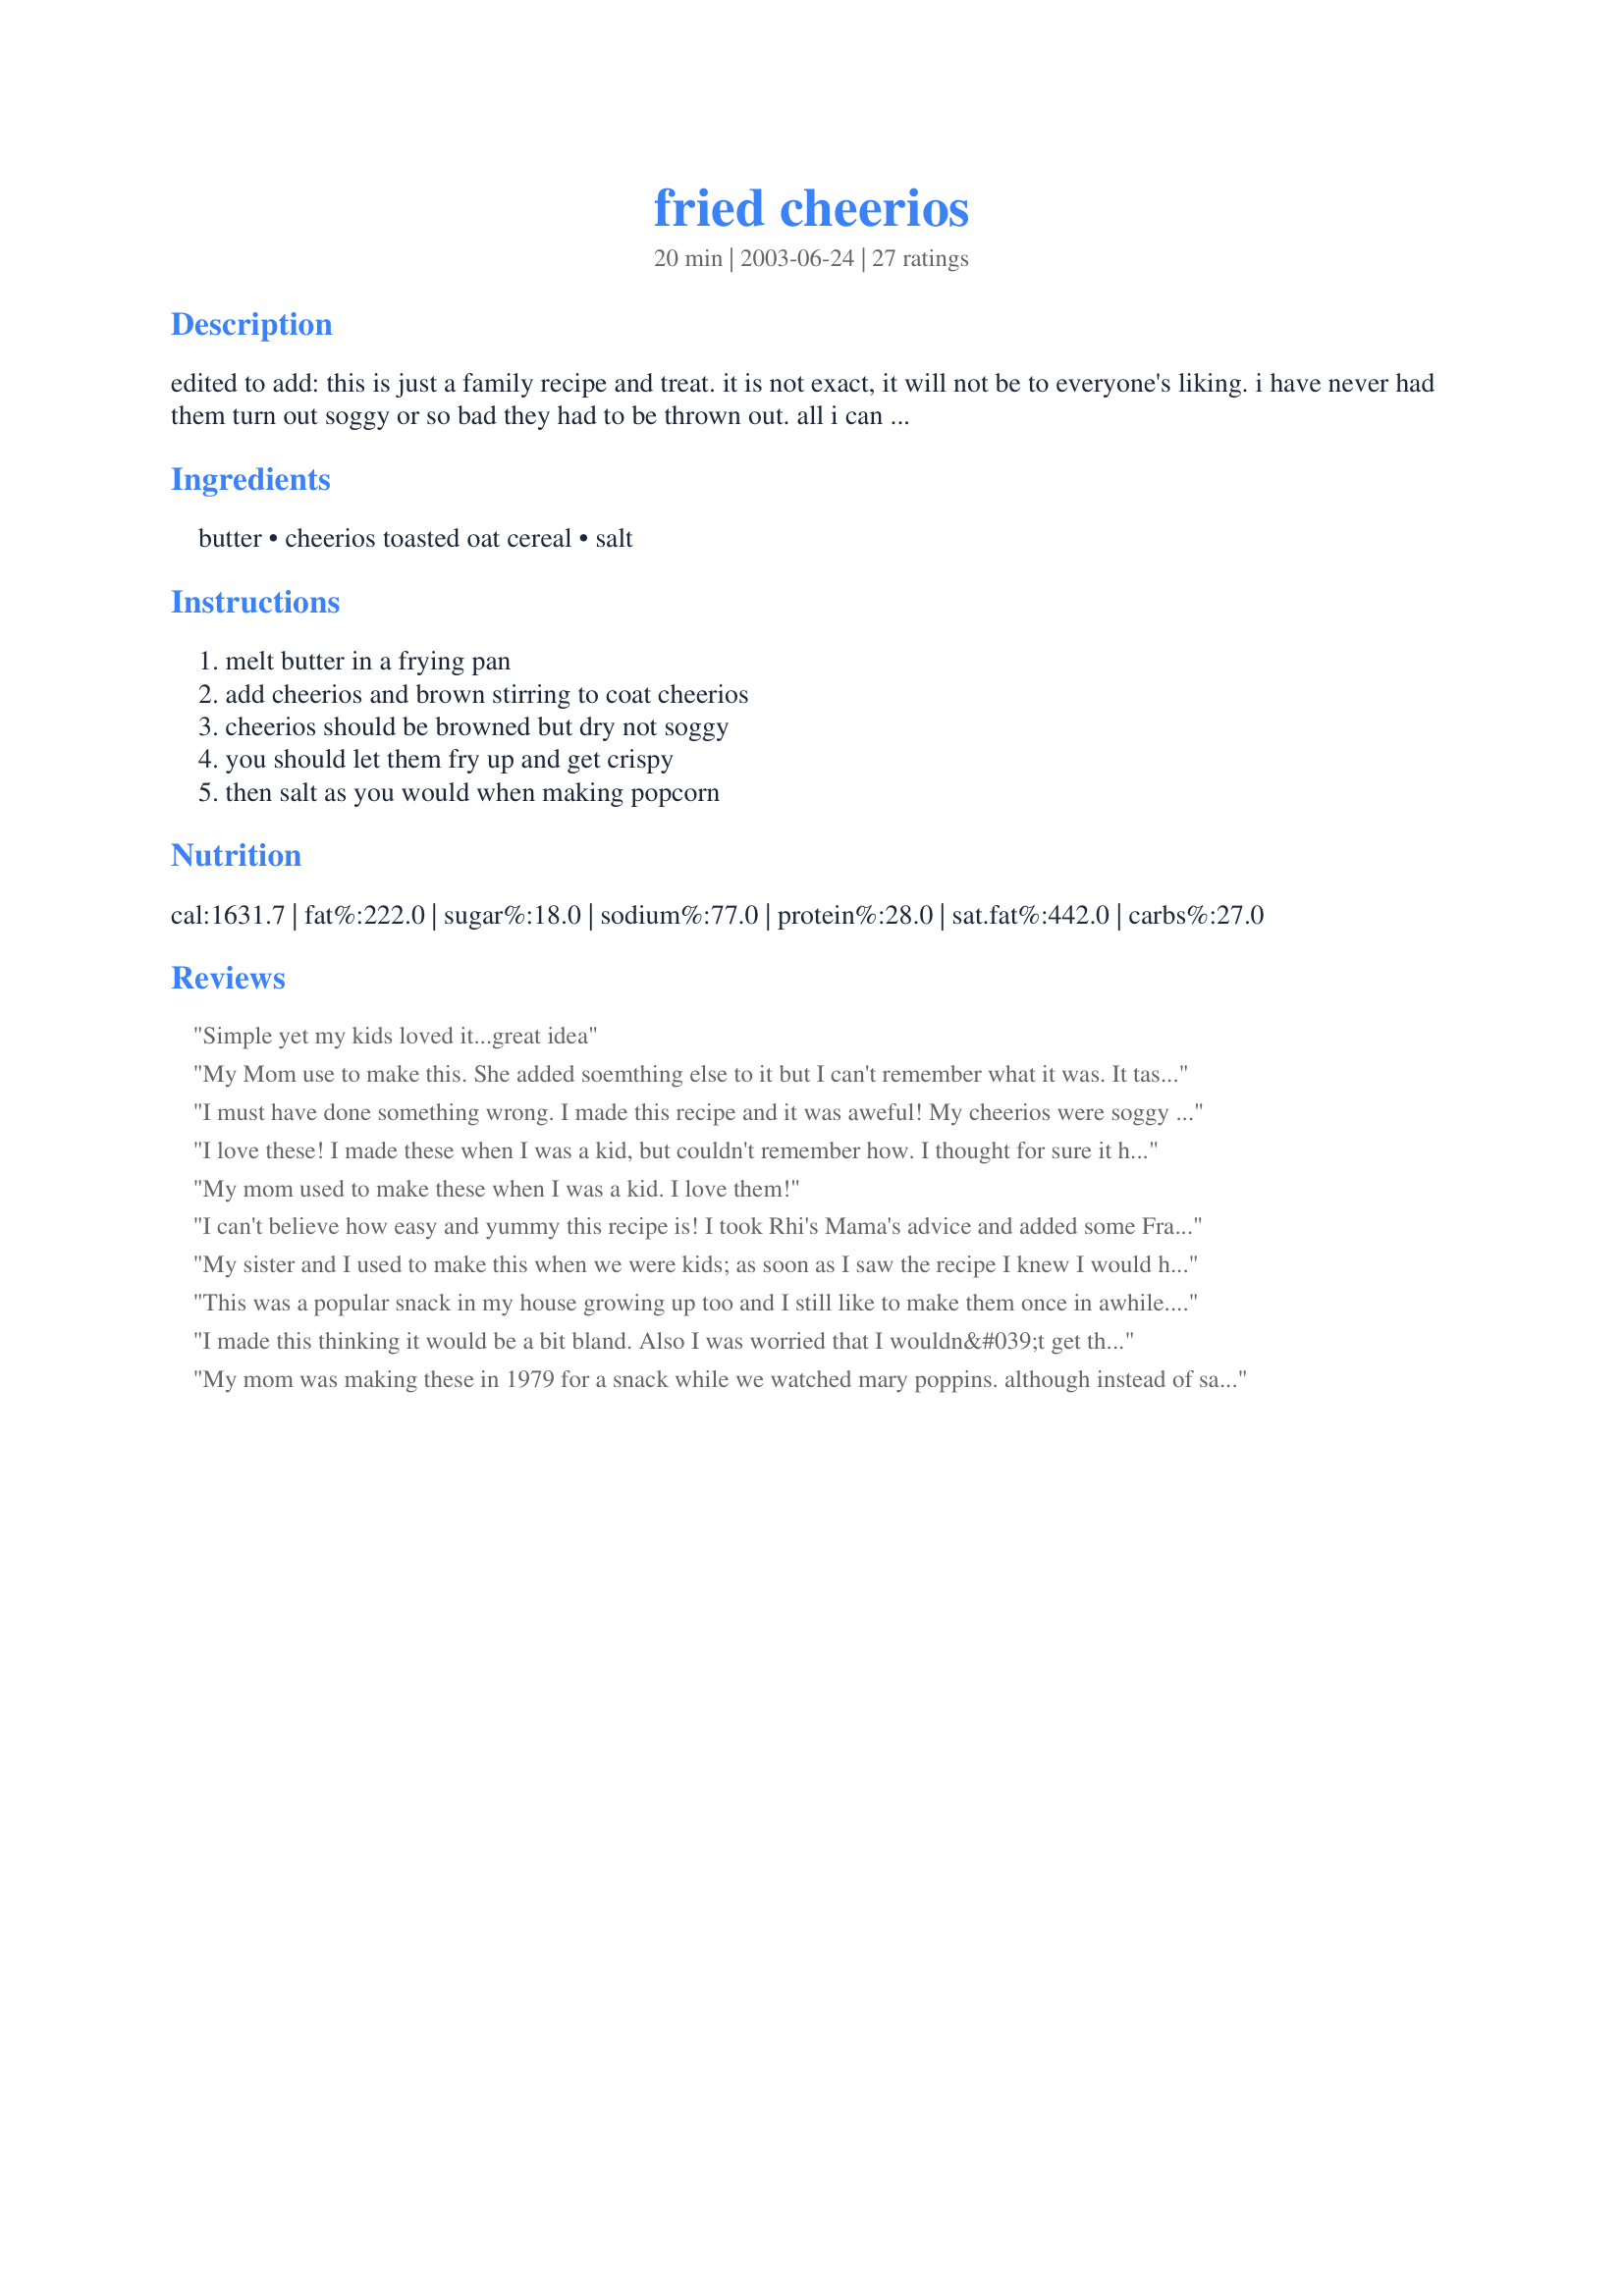
fried cheerios
Preparation time: 20 minutes

edited to add: this is just a family recipe and treat. it is not exact, it will not be to everyone's liking. i have never had them turn out soggy or so bad they had to be thrown out. all i can say is cut down the butter or add more cheerios and maybe not everyone will llike them. i've seen many recipes posted her that were not exact and just family recipes. i'm sorry it has not worked out for a couple of posters, but it is not an exact recipe with proper instructions, its something mom made us as a snack to stretch money that was not there. thanks for trying it but if your set against something absoulutely turning out perfect and to your liking with exact measurements and a science to it, you may want to pass this recipe by. not a health conscience snack, my mom made these for us because her family could not afford popcorn when they were growing up and this was their alternative not a healthy snack but not only do i love it but also my kids love to have something nana use to have

Ingredients:
butter, cheerios toasted oat cereal, salt

Steps:
melt butter in a frying pan, add cheerios and brown stirring to coat cheerios, cheerios should be browned but dry not soggy, you should let them fry up and get crispy, then salt as you would when making popcorn

Reviews:
Simple yet my kids loved it...great idea
My Mom use to make this. She added soemthing else to it but I can't remember what it was. It tastes pretty close to popcorn.

Thanks Pumpkie.

Bullwinkle.
I must have done something wrong. I made this recipe and it was aweful! My cheerios were soggy and there was toons of butter left over. Someone help me! What did I do wrong?
I love these! I made these when I was a kid, but couldn't remember how. I thought for sure it had to be more complicated than this, but I was WRONG! My grown up taste buds are quite different, so I add Franks hot sauce in with the butter. Yum, yum and yum! Thanks Pumpkie!
My mom used to make these when I was a kid. I love them!
I can't believe how easy and yummy this recipe is! I took Rhi's Mama's advice and added some Frank's to the butter and fried them up, adding sea salt afterwards. I can't wait til DH says let's make popcorn so I can make these for him. I only made a cup of cereal with about 2 T of unsalted butter and a teaspoon of Franks with two pinches of sea salt. Next time I will make the whole recipe with more Franks! Thanks!!!!!!!!! SA;)
My sister and I used to make this when we were kids; as soon as I saw the recipe I knew I would have to make it for my daughters, lol. At first they thought I was crazy but once they tried it they were hooked, too. I love the buttery/oat combo and anything with salt is good! Thanks so much for bringing back an old childhood memory for me and making a new one for my girls. :)
This was a popular snack in my house growing up too and I still like to make them once in awhile. Don't use alot of salt, however I do just dump in the butter or margarine and add cheerios till I have enough to soak it up when frying. Love 'em!
I made this thinking it would be a bit bland. Also I was worried that I wouldn&#039;t get the ratio correct. After eyeballing the ingredients (instead of actually measuring,) I made a batch. This stuff is REALLY good. I added Lawry&#039;s seasoned salt to add to the unhealthiness, but seriously, I don&#039;t think it&#039;s that much worse than buttery popcorn. Going to give this to my kids with braces to see if it passes as a good popcorn substitute. I hope so as my daughter is craving popcorn like crazy!!! Thanks for sharing this recipe. It&#039;s a keeper.

P.S. My daughter who craves popcorn finds this an amazingly good substitute. It may just save her braces :).
My mom was making these in 1979 for a snack while we watched mary poppins. although instead of salt she used a light garlic
We make this at home, it's a family recipe, but we use beau monde (sp?:), celery salt, and garlic salt...it's awesome!
YUM! and so easy! I was having a carb craving so whipped up a batch. Added a bit of cayenne pepper and seasoning salt - so delicious!! May flavour with garlic the next time. Thank you for this recipe.

These are a wonderful little snack and even good on top of a salad for that extra little crunch. I did use worcestershire sauce and Lawrys seasoning salt in with butter and added alittle garlic powder and than Cheerios. Stirred constantly on medium low heat as I didnt want the butter to burn before cheerios. Browned until most all the butter liquid was gone and cheerio's were nice and brown and crispy tasting. Drained on a paper towel than added to bowl to cool. Thanks for sharing the recipe! Great way to use up extra Cheerios :)
We called cheerios and melted butter...I grew up eating these...I LOVE them . My kids also love them.<br/>It's a great.snack. We just melted the butter and poured it over the cheerios then added salt eat them warm. with a large glass of pop...So yummy......
I didn't have regular cheerios but I had some honey nut cheerios so I made a batch and instead of salt I did half with cinnamon sugar and the other half tossed with a little splenda brown sugar blend:) they were good and it gave my kids a sweet snack that was different from the usual
This was good, the kids liked it. I added a hand full of pecans.
My husband use to make something like this only he used unsweeted puffed wheat.
Perfect recipe. Exactly the way I've been making it for my kids since I figured out how my dad use to make it when we were kids. My husband isn't a huge fan, but me and the kids are hooked for life.
Such a great snack! I didn't even need to add salt, the butter alone was salty enough for me. I added parmesan cheese and garlic powder. Soooo good. Thank you for the recipe!
Very interesting. A different snack for sure! I used 1/2 c. butter and about 4 1/2 c. Cheerios. I also added some Worcestershire sauce, some hot sauce and garlic powder. I used Lawrys for the salt. Watch carefully as these do burn....these will be made here again.
I am in the same boat Quadracer's Wife... my batch went straight to the can... I ate a couple a few times to see if it would grow on me- nope- the ones that where in the pan first became chewy and unenjoyable. Please clarify the proper cooking techniques.....
Very tastey! My family does something very similar but we add sugar and not salt....very delish! Thanks
A w e s o m e!!
i add worchestershire sauce to my butter and i use popcorn salt and seasoned salt while it is frying, very yummy snack!
I have made this recipe for years, the recipe actually was on a box of cheerios close to 30yrs ago.. I have made it since I was kid.. I love Fried Cheerios.. I never guessed anyone else would eat/make them but myself, great to know others enjoy this tasty "not the healthiest of snacks" treat like myself.. Thank you Pumpkin for sharing this recipe!!!
I haven't tried this recipe, but I make one that is almost just like this one!! Instead of salt, I use garlic salt. Sometimes I'll put soy sauce & worchester sauce in with the butter to give it more a tast like party mix. I can't beleive I saw this recipe on here! I thought I was the only one who ate stuff like this! I used to eat this when I was kid & now my daughter loves them too!
Pumpkie--I am sorry anyone made you feel bad about this! It's a wonderful snack, and my kids loved it too. I made some for my Grandma and she remembered something similar from when she was "poor". Sad thing is that Cheerios cost more than popcorn nowadays!
But thank you so much for sending in this recipe, and for making my Grandma smile!
I used to make these back in the late '80's when I was in high school. I can remember people thought I was down right loopy. Now my brother-in-law is requesting the recipe.
